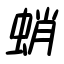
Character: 蛸